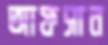
আফসান